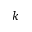
k